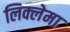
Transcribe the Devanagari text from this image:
लिक्लेमा